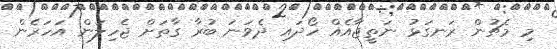
މި މެޗުން ރަނގަޅު ނަތީޖާއެއް ހޯދައި ދެވަނަ ބުރާ ގާތަށް ޖެހިލަން އަހަރެން